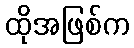
ထိုအဖြစ်က